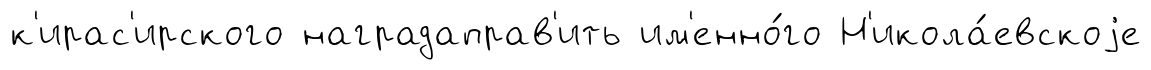
к'ирас'ирского наградаправ'ить им'енно́го Н'икола́евскоjе